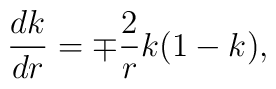
\frac{dk}{dr} =\mp \frac{2}{r} k(1-k),